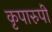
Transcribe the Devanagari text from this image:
कृपारुपी